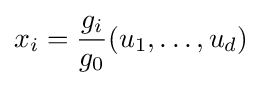
x_{i}={\frac {g_{i}}{g_{0}}}(u_{1},\ldots ,u_{d})